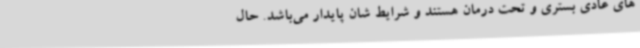
های عادی بستری و تحت درمان هستند و شرایط شان پایدار می‌باشد. حال